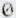
0